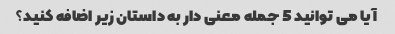
آیا می توانید 5 جمله معنی دار به داستان زیر اضافه کنید؟